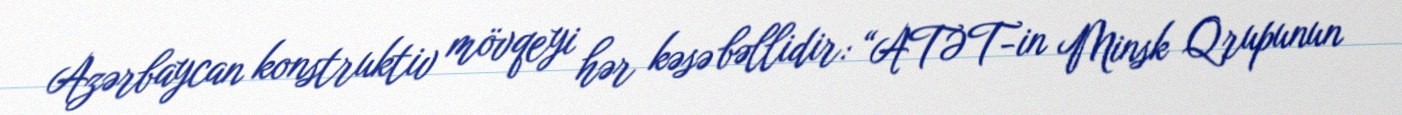
Azərbaycan konstruktiv mövqeyi hər kəsə bəllidir: “ATƏT-in Minsk Qrupunun